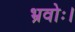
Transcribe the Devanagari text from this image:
भ्रवोः।